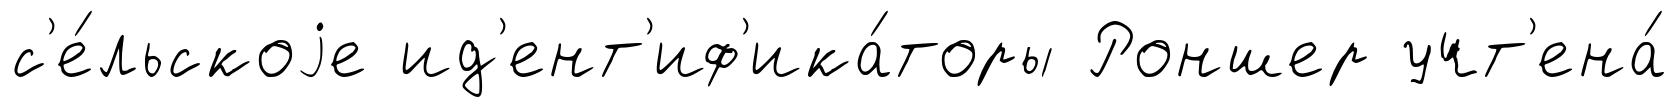
с'е́льскоjе ид'ент'иф'ика́торы Роншер учт'ена́